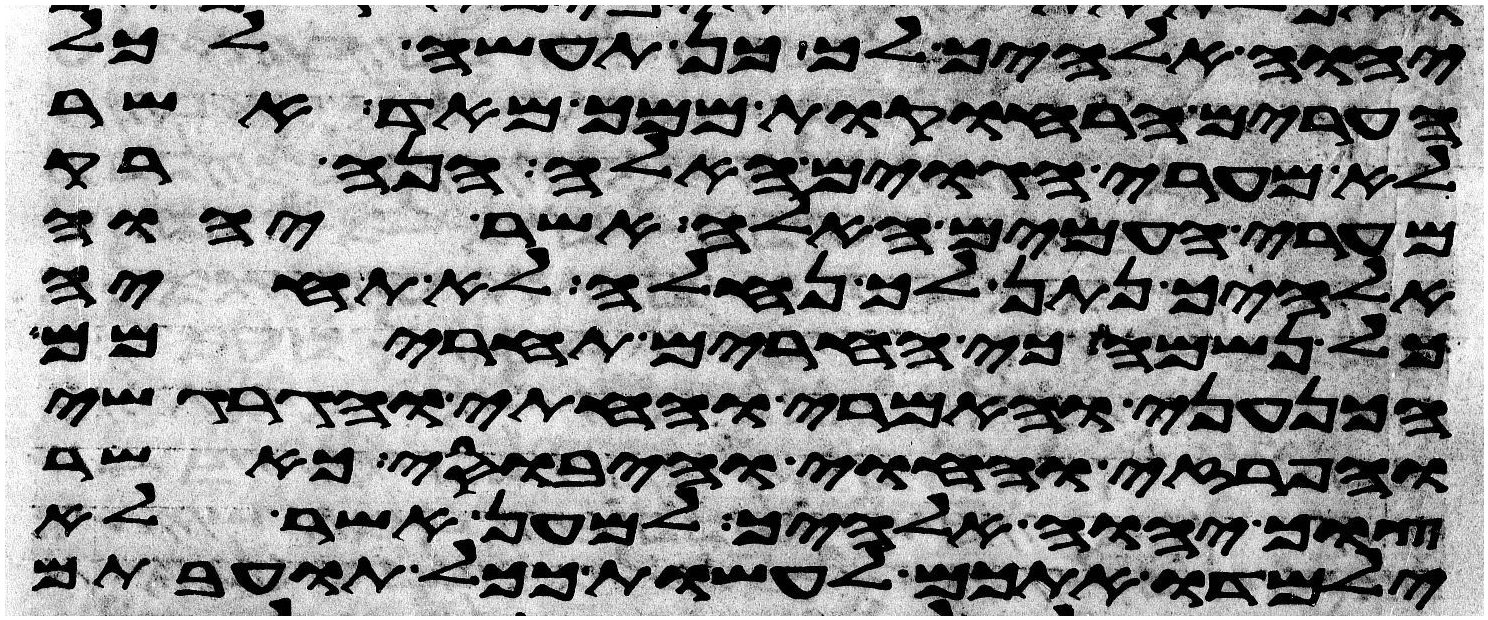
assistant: יהוה אלהיך לך כן תעשה לכל
הערים הרחוקות ממך מאד אשר
לא מערי הגוים האלה הנה רק
מערי העמים האלה אשר יהוה
אלהיך נתן לך נחלה לא תחיה
כל נשמה כי החרים תחרימם
הכנעני והאמרי והחתי והגרגשי
והפרזי והחוי והיבוסי כאשר
צוך יהוה אלהיך למען אשר לא
ילמדו אתכם לעשות ככל תועבתם